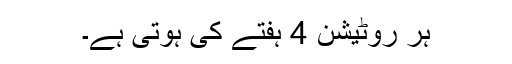
ہر روٹیشن 4 ہفتے کی ہوتی ہے۔